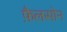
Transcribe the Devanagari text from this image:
फ़ैलसोन